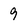
Character: 9